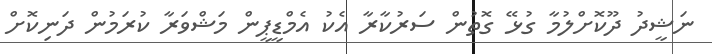
ނަޝީދު ދޫކޮށްލުމާ ގުޅޭ ގޮތުން ސަރުކާރާ އެކު އެމްޑީޕީން މަޝްވަރާ ކުރަމުން ދަނިކޮށް